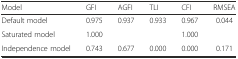
| Model | GFI | AGFI | TLI | CFI | RMSEA |
 | --- | --- | --- | --- | --- | --- |
 | Default model | 0.975 | 0.937 | 0.933 | 0.967 | 0.044 |
 | Saturated model | 1.000 |  |  | 1.000 |  |
 | Independence model | 0.743 | 0.677 | 0.000 | 0.000 | 0.171 |